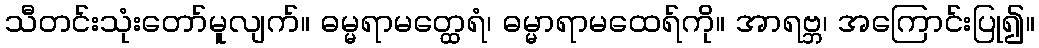
သီတင်းသုံးတော်မူလျက်။ ဓမ္မရာမတ္ထေရံ၊ ဓမ္မာရာမထေရ်ကို။ အာရဗ္ဘ၊ အကြောင်းပြု၍။